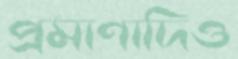
প্রমাণাদিও